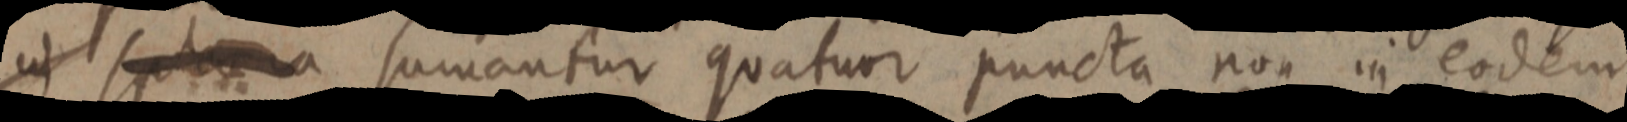
ut sphaera sumantur quatuor puncta non in eodem